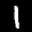
Label: 1